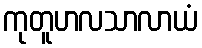
ကုတူဟလသာလာယံ